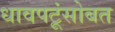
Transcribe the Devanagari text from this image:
धावपटूंसोबत